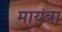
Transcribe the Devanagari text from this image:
मायंत्रा